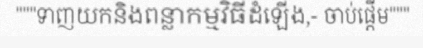
"""ទាញយកនិងពន្លាកម្មវិធីដំឡើង,- ចាប់ផ្តើម"""